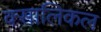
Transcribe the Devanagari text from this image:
क्सालिकल